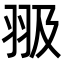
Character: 𦐏